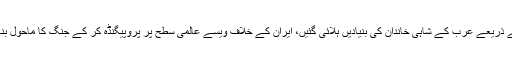
خود معمر کو قتل کر دیا گیا، عرب سپرنگ کے ذریعے عرب کے شاہی خاندان کی بنیادیں ہلائی گئیں، ایران کے خلاف ویسے عالمی سطح پر پروپیگنڈہ کر کے جنگ کا ماحول بنایا جا رہا ہے اور شام کو جہنم بنایا جا چکا ہے۔